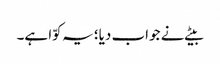
بیٹے نے جواب دیا؛ یہ کوّا ہے۔